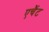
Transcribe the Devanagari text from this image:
एचैंट